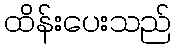
ထိန်းပေးသည်